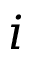
\boldsymbol { i }